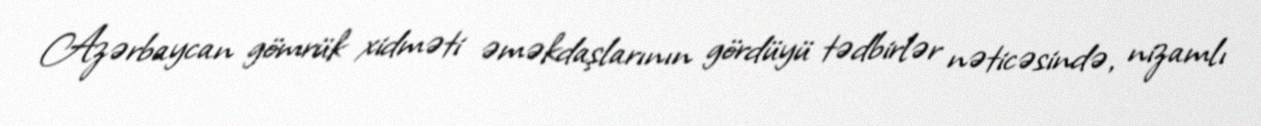
Azərbaycan gömrük xidməti əməkdaşlarının gördüyü tədbirlər nəticəsində, nizamlı